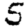
Digit: 5